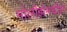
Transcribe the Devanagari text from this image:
मोलीझेमधील